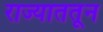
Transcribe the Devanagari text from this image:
राज्याततून